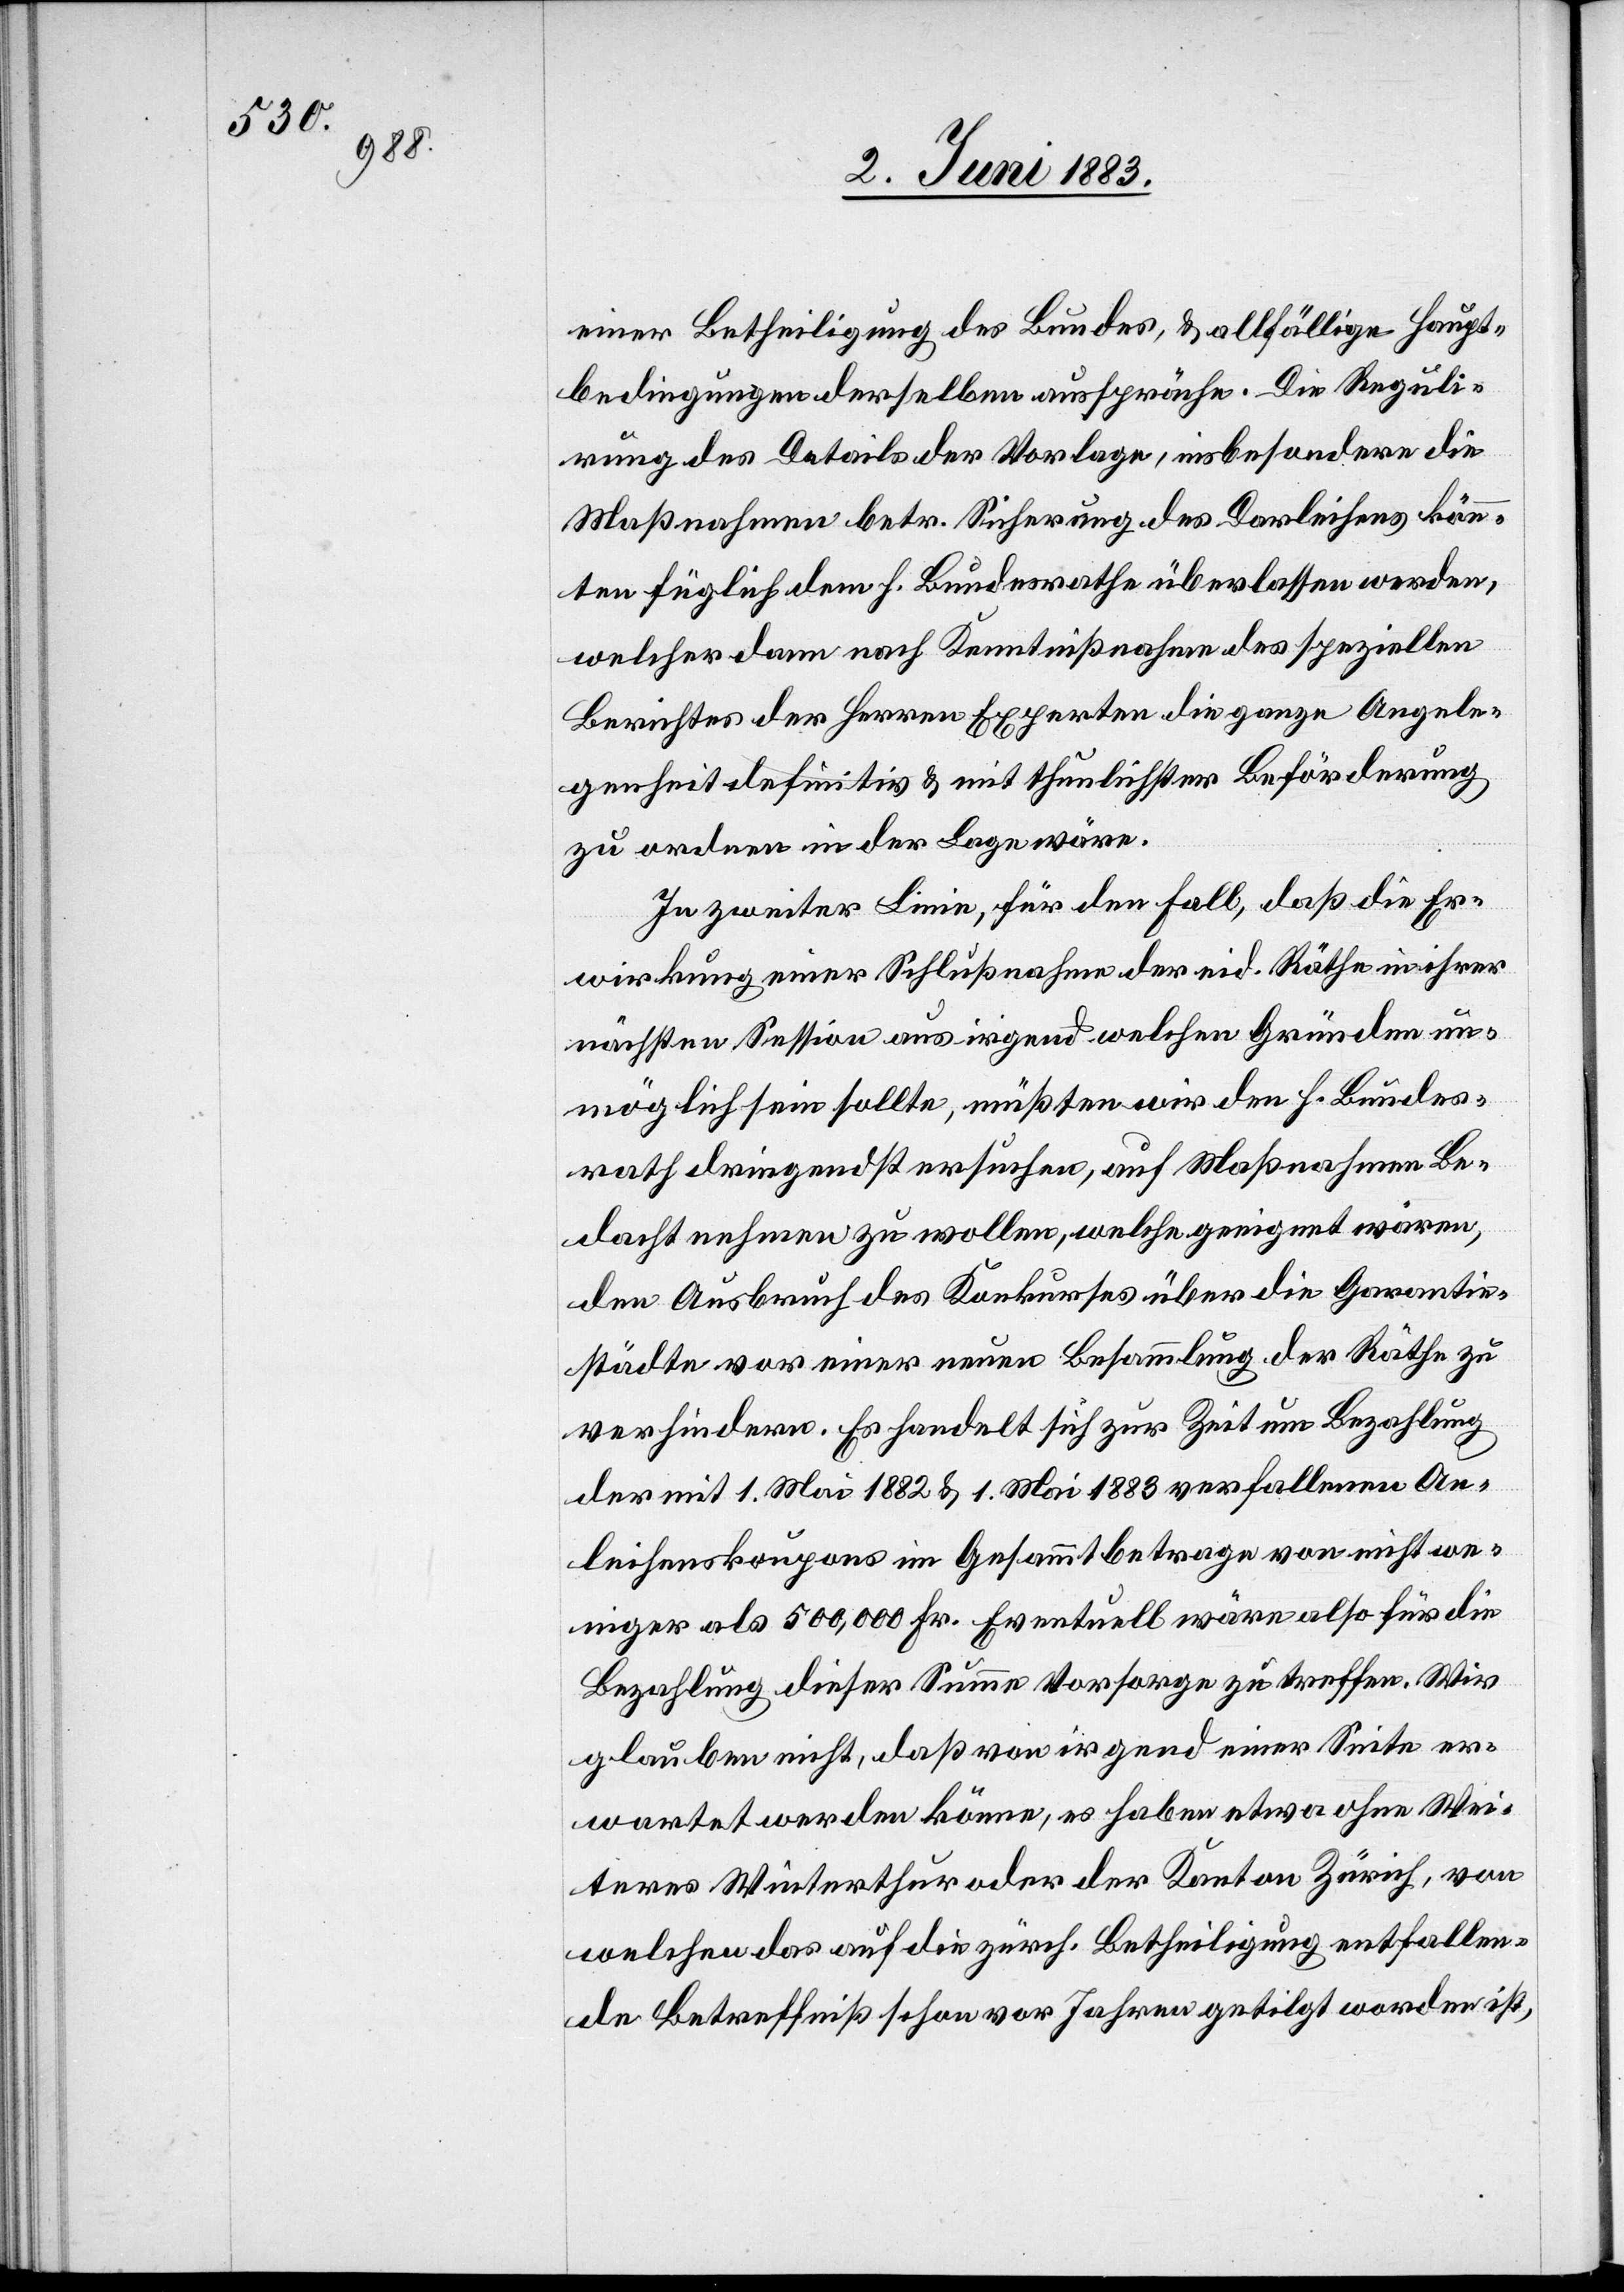
einer Betheiligung des Bundes, & allfällige Haupt¬
bedingungen derselben ausspräche. Die Reguli¬
rung des Details der Vorlage, insbesondere die
Maßnahmen betr. Sicherung des Darleihens könn¬
ten füglich dem h. Bundesrathe überlassen werden,
welcher dann nach Kenntnißnahme des speziellen
Berichtes der Herren Experten die ganze Angele¬
genheit definitiv & mit thunlichster Beförderung
zu ordnen in der Lage wäre.
In zweiter Linie, für den Fall, daß die Er¬
wirkung einer Schlußnahme der eid. Räthe in ihrer
nächsten Session aus irgend welchen Gründen un¬
möglich sein sollte, müßten wir den h. Bundes¬
rath dringendst ersuchen, auf Maßnahmen Be¬
dacht nehmen zu wollen, welche geeignet wären,
den Ausbruch des Konkurses über die Garantie¬
städte vor einer neuen Besammlung der Räthe zu
verhindern. Es handelt sich zur Zeit um Bezahlung
der mit 1. Mai 1882 & 1. Mai 1883 verfallenen An¬
leihenskoupons im Gesammtbetrage von nicht we¬
niger als 500,000 Fr. Eventuell wären also für die
Bezahlung dieser Summe Vorsorge zu treffen. Wir
glauben nicht, daß von irgend einer Seite er¬
wartet werden könne, es haben etwa ohne Wei¬
ters Winterthur oder der Kanton Zürich, von
welchen das auf die zürch. Betheiligung entfallen¬
de Betreffniß schon vor Jahren getilgt worden ist,